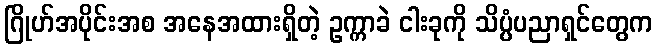
ဂြိုဟ်အပိုင်းအစ အနေအထားရှိတဲ့ ဥက္ကာခဲ ငါးခုကို သိပ္ပံပညာရှင်တွေက